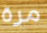
مرة